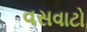
વસવાટો